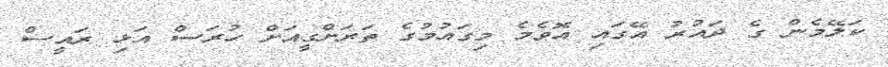
ކަލޭމެން ގެ ދައުރު އޭގައި އޮވެމެ މިގައުމުގެ ތަރަށްގީއަށް ހުރަސް އަޅި ރައީސް